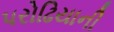
પરોઢિયાની